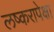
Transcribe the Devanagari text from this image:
लष्करापेक्षा